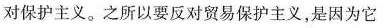
对保护主义。之所以要反对贸易保护主义，是因为它